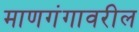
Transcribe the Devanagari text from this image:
माणगंगावरील